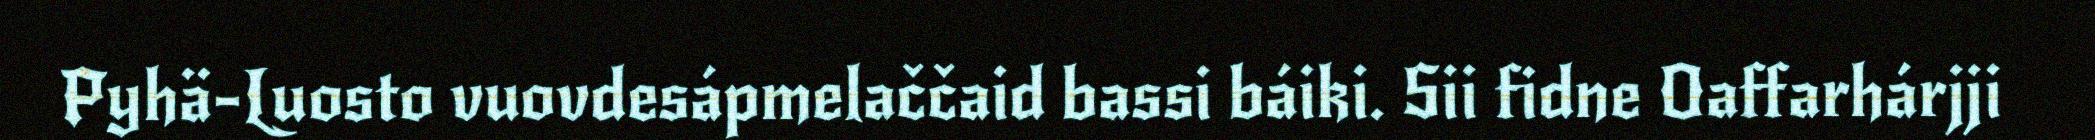
Pyhä-Luosto vuovdesápmelaččaid bassi báiki. Sii fidne Oaffarhárjji